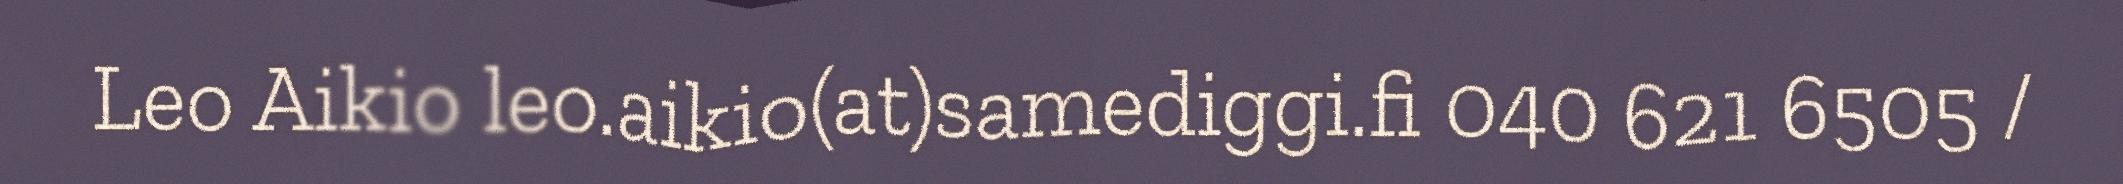
Leo Aikio leo.aikio(at)samediggi.fi 040 621 6505 /